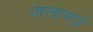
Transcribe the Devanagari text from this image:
जलानाई